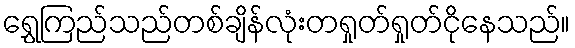
ရွှေကြည်သည်တစ်ချိန်လုံးတရှုတ်ရှုတ်ငိုနေသည်။